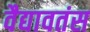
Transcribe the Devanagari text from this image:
वैद्यावतंस